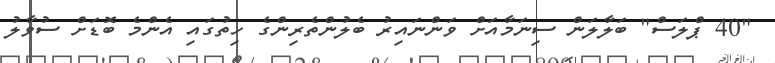
"40 ޕްލަސް" ބަލާލަން ސިނަމާއަށް ވަންނައިރު ބެލުންތެރިންގެ ހިތުގައި އެންމެ ބޮޑަށް ސުވާލު